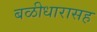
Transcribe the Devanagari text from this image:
बळीधारासह